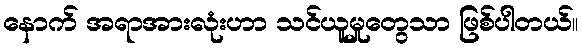
နောက် အရာအားလုံးဟာ သင်ယူမှုတွေသာ ဖြစ်ပါတယ်။